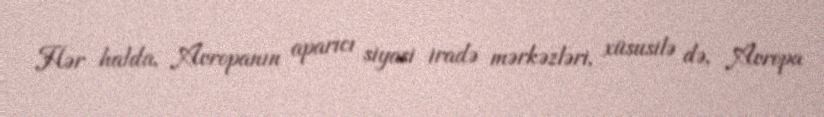
Hər halda, Avropanın aparıcı siyasi iradə mərkəzləri, xüsusilə də, Avropa